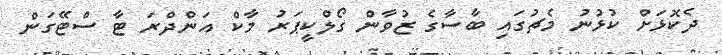
ދެކޮޅަށް ކުޅުނު މެޗުގައި ބާސާގެ ޒުވާން ގޯލްކީޕަރު މާކް އަންދްރަ ޓާ ސްޓޭގަން